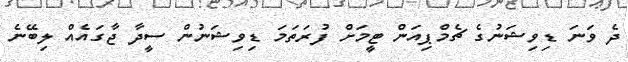
ދެ ވަނަ ޑިވިޝަނުގެ ޗެމްޕިއަން ޓީމަށް ފުރަތަމަ ޑިވިޝަނުން ސީދާ ޖާގައެއް ލިބޭނެ